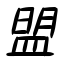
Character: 盟